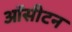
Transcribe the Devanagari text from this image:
ऑसीटन